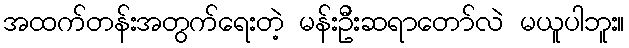
အထက်တန်းအတွက်ရေးတဲ့ မန်းဦးဆရာတော်လဲ မယူပါဘူး။